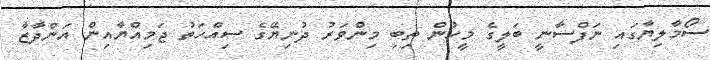
ސޯމާލިޔާގައި ނަފްސާނީ ބަލީގެ މީހުން ތިބި މިންވަރު ދުނިޔޭގެ ސިއްހަތު ޖަމިއްޔާއިން އަންދާޒާ